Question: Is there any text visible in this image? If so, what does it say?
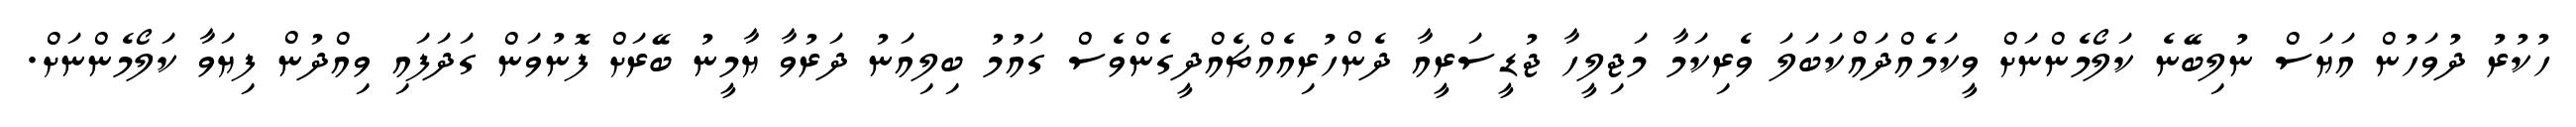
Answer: ހުކުރު ދުވަހުން އަޔަސް ނުލިބޭނެ ކަލޯމެންނަށް ވީކަމެއްދައްކަބަލަ ވެރިކަމާ މަޖިލީހާ ޖުޑީސަރީއާ ދެންހުރިއެއްޗެއްދީގެންވެސް ގައުމު ބިލިއަނު ދަރުވާ ޔާމީނު ބޭރަށް ފޮނުވަން ގަދަފައި ވިއްދުން ފިޔަވާ ކަލޯމެންނަށް.